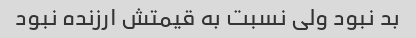
بد نبود ولی نسبت به قیمتش ارزنده نبود